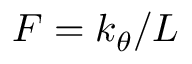
F = k _ { \theta } / L